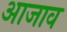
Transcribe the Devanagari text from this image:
आजाव